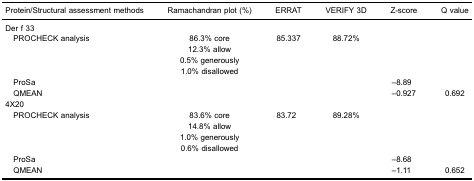
<table><thead><tr><td><b>Protein/Structural assessment methods</b></td><td><b>Ramachandran plot (%)</b></td><td><b>ERRAT</b></td><td><b>VERIFY 3D</b></td><td><b>Z-score</b></td><td><b>Q value</b></td></tr></thead><tbody><tr><td colspan="6">Der f 33</td></tr><tr><td>PROCHECK analysis</td><td>86.3% core</td><td>85.337</td><td>88.72%</td><td></td><td></td></tr><tr><td></td><td>12.3% allow</td><td></td><td></td><td></td><td></td></tr><tr><td></td><td>0.5% generously</td><td></td><td></td><td></td><td></td></tr><tr><td></td><td>1.0% disallowed</td><td></td><td></td><td></td><td></td></tr><tr><td>ProSa</td><td></td><td></td><td></td><td>−8.89</td><td></td></tr><tr><td>QMEAN</td><td></td><td></td><td></td><td>−0.927</td><td>0.692</td></tr><tr><td colspan="6">4X20</td></tr><tr><td>PROCHECK analysis</td><td>83.6% core</td><td>83.72</td><td>89.28%</td><td></td><td></td></tr><tr><td></td><td>14.8% allow</td><td></td><td></td><td></td><td></td></tr><tr><td></td><td>1.0% generously</td><td></td><td></td><td></td><td></td></tr><tr><td></td><td>0.6% disallowed</td><td></td><td></td><td></td><td></td></tr><tr><td>ProSa</td><td></td><td></td><td></td><td>−8.68</td><td></td></tr><tr><td>QMEAN</td><td></td><td></td><td></td><td>−1.11</td><td>0.652</td></tr></tbody></table>